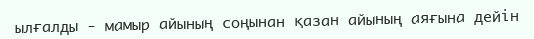
ылғалды - мамыр айының соңынан қазан айының аяғына дейін